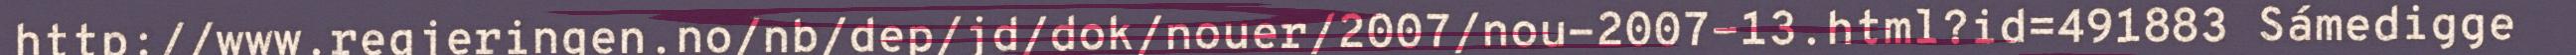
http://www.regjeringen.no/nb/dep/jd/dok/nouer/2007/nou-2007-13.html?id=491883 Sámedigge